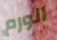
الورم